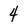
Character: 4